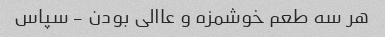
هر سه طعم خوشمزه و عاالی بودن - سپاس